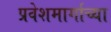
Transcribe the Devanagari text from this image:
प्रवेशमार्गाच्या